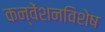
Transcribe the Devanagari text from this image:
कन्वेंशनविशेष